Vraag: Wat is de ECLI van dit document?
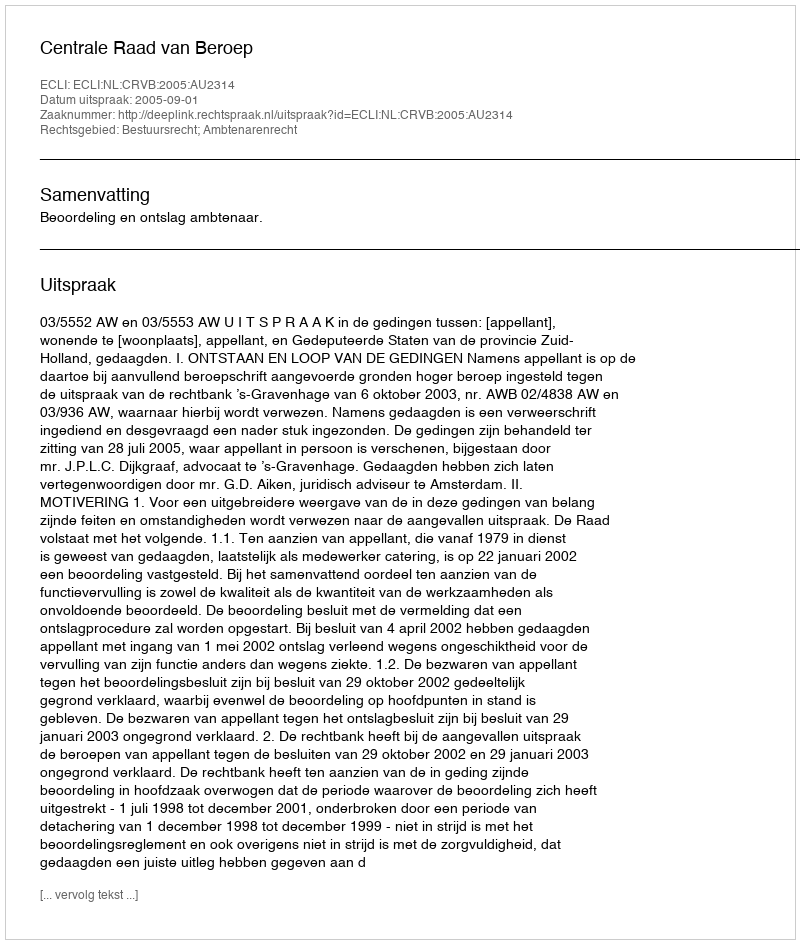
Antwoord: ECLI:NL:CRVB:2005:AU2314